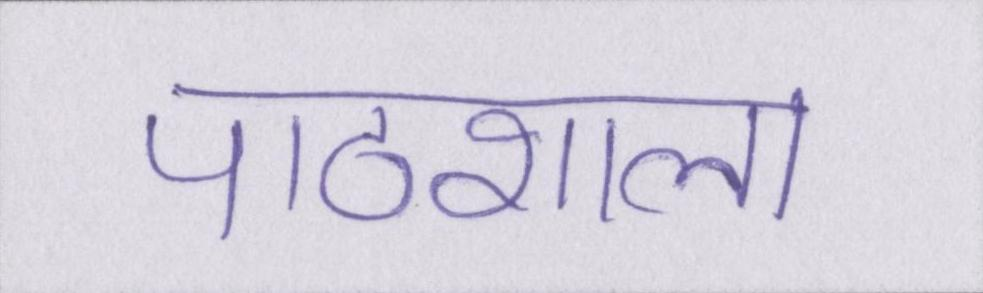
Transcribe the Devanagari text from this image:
पाठशाला